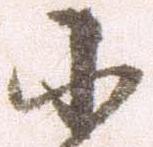
小